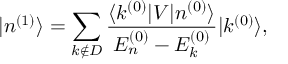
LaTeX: | n ^ { ( 1 ) } \rangle = \sum _ { k \not \in D } { \frac { \langle k ^ { ( 0 ) } | V | n ^ { ( 0 ) } \rangle } { E _ { n } ^ { ( 0 ) } - E _ { k } ^ { ( 0 ) } } } | k ^ { ( 0 ) } \rangle ,